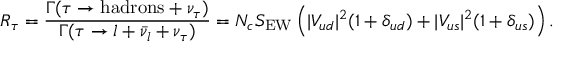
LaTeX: R _ { \tau } = \frac { \Gamma ( \tau \rightarrow \mathrm { h a d r o n s } + \nu _ { \tau } ) } { \Gamma ( \tau \rightarrow l + \bar { \nu } _ { l } + \nu _ { \tau } ) } = N _ { c } S _ { \mathrm { E W } } \left( | V _ { u d } | ^ { 2 } ( 1 + \delta _ { u d } ) + | V _ { u s } | ^ { 2 } ( 1 + \delta _ { u s } ) \right) .